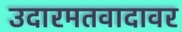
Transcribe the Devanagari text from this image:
उदारमतवादावर